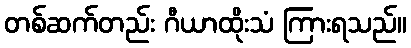
တစ်ဆက်တည်း ဂီယာထိုးသံ ကြားရသည်။